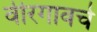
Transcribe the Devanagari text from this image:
वीरगावचे